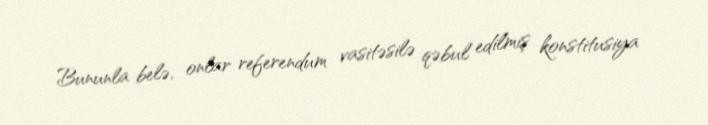
Bununla belə, onlar referendum vasitəsilə qəbul edilmiş konstitusiya